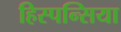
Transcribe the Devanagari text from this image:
हिस्पन्सिया